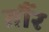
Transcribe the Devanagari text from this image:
तौंर